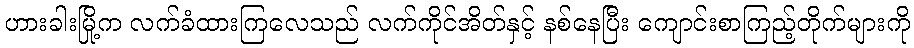
ဟားခါးမြို့က လက်ခံထားကြလေသည် လက်ကိုင်အိတ်နှင့် နစ်နေပြီး ကျောင်းစာကြည့်တိုက်များကို